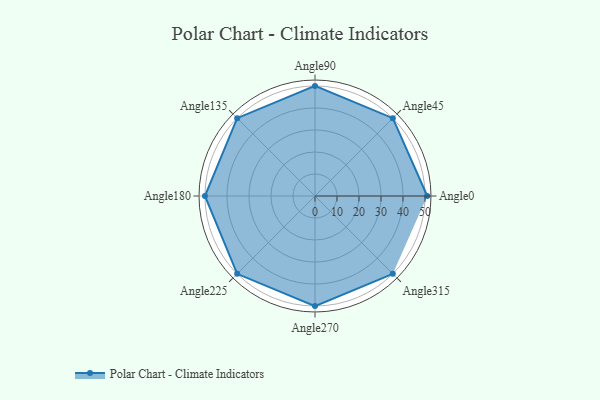
{"axis": {"x": "Angle", "y": "Radius"}, "legend": [""], "data": [{"x": "Angle0", "y": 51.0, "type": ""}, {"x": "Angle45", "y": 50, "type": ""}, {"x": "Angle90", "y": 50, "type": ""}, {"x": "Angle135", "y": 50, "type": ""}, {"x": "Angle180", "y": 50, "type": ""}, {"x": "Angle225", "y": 50, "type": ""}, {"x": "Angle270", "y": 50, "type": ""}, {"x": "Angle315", "y": 50, "type": ""}]}